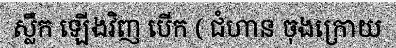
ស្លឹក ឡើងវិញ បើក ( ជំហាន ចុងក្រោយ